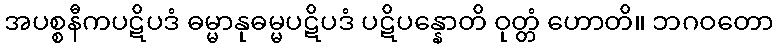
အပစ္စနီကပဋိပဒံ ဓမ္မာနုဓမ္မပဋိပဒံ ပဋိပန္နောတိ ဝုတ္တံ ဟောတိ။ ဘဂဝတော